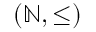
( \mathbb { N } , \leq )